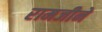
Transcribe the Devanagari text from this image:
रामजीने